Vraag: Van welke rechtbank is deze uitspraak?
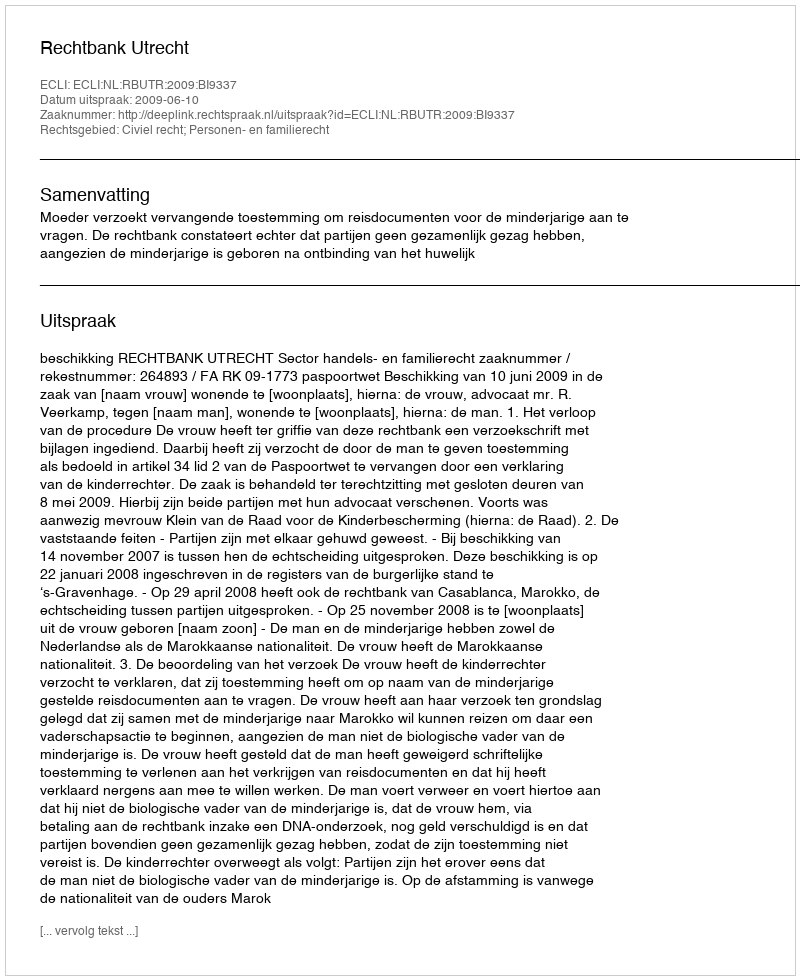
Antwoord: Rechtbank Utrecht